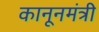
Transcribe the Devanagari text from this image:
कानूनमंत्री